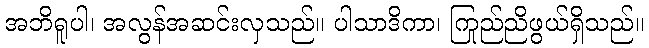
အဘိရူပါ၊ အလွန်အဆင်းလှသည်။ ပါသာဒိကာ၊ ကြည်ညိုဖွယ်ရှိသည်။